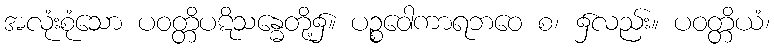
အလုံးစုံသော ပဝတ္တိပဋိသန္ဓေတို့၌။ ပဉ္စဝေါကာရဘဝေ စ၊ ၌လည်း။ ပဝတ္တိယံ၊